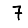
Digit: 7